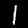
Label: 1